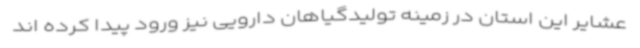
عشایر این استان در زمینه تولیدگیاهان دارویی نیز ورود پیدا کرده اند